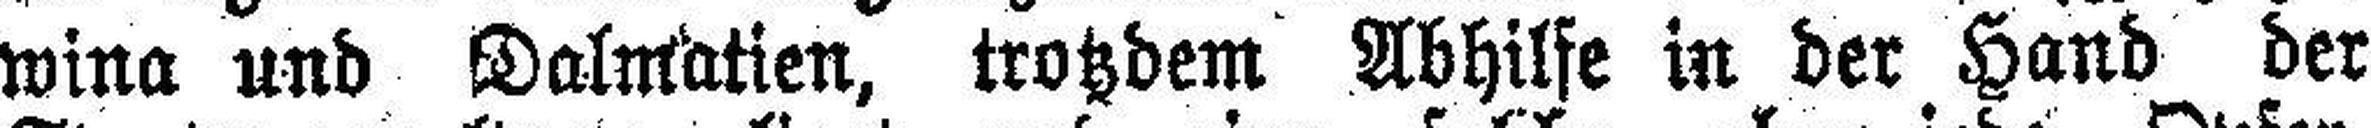
wina und Dalmatien, trotzdem Abhilfe in der Hand der